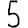
Digit: 5